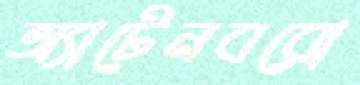
অ্যাটেনবরো